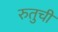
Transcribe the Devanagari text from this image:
रुतुची